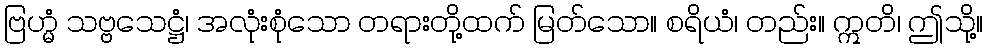
ဗြဟ္မံ သဗ္ဗသေဋ္ဌံ၊ အလုံးစုံသော တရားတို့ထက် မြတ်သော။ စရိယံ၊ တည်း။ ဣတိ၊ ဤသို့။